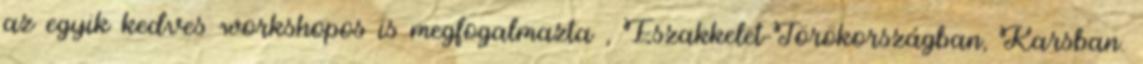
az egyik kedves workshopos is megfogalmazta , Északkelet-Törökországban, Karsban.